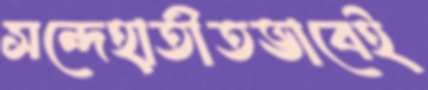
সন্দেহাতীতভাবেই